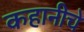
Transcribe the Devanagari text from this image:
कहानीचे